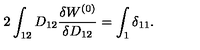
2 \int _ { 1 2 } D _ { 1 2 } \frac { \delta W ^ { ( 0 ) } } { \delta D _ { 1 2 } } = \int _ { 1 } \delta _ { 1 1 } .